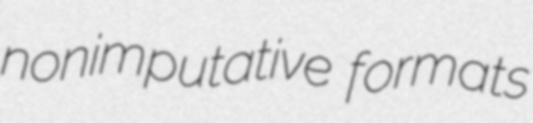
nonimputative formats